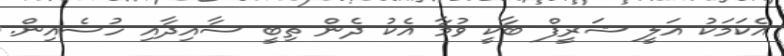
އެކަމަކު އަލީ ޝަރީފް ބާކީ ވުމާ އެކު ދެން ތިބީ ސާއިދާއި ހުސެއިން.